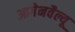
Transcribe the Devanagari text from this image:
आगेनवैल्यू